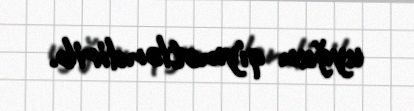
uyğun qiymətləndirib.